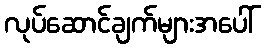
လုပ်ဆောင်ချက်များအပေါ်